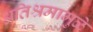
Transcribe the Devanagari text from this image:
अतिश्रमामुळे